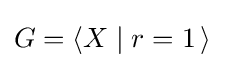
G=\langle X\mid r=1\,\rangle